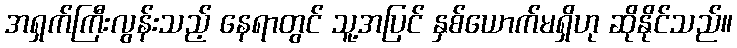
အရှက်ကြီးလွန်းသည့် နေရာတွင် သူ့အပြင် နှစ်ယောက်မရှိဟု ဆိုနိုင်သည်။